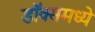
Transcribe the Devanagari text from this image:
डॉक्समध्ये